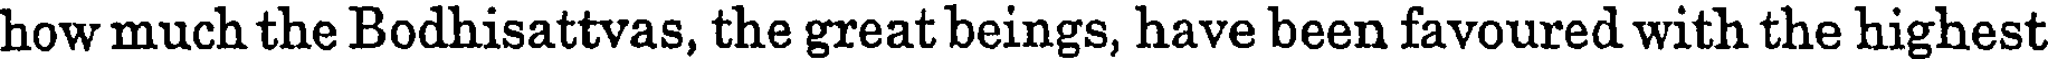
how much the Bodhisattvas, the great beings, have been favoured with the highest